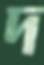
দ